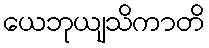
ယေဘုယျသိကာတိ